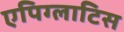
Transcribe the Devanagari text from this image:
एपिग्लाटिस